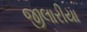
જીલારીયા